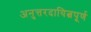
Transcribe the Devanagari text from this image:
अनुत्तरदायित्वपूर्ण